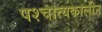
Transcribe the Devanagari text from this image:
पश्चात्यकालीन